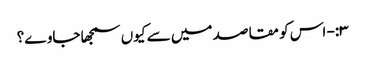
۳:- اس کو مقاصد میں سے کیوں سمجھا جاوے؟